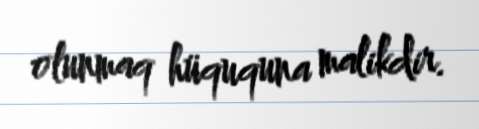
olunmaq hüququna malikdir.